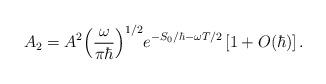
LaTeX: \begin{align*}{A_2}={A^2}{{\left({{\omega}\over{\pi\hbar}}\right)}^{1/2}}{e^{-{S_0}/\hbar-\omega T/2}}\left[1+O(\hbar)\right].\end{align*}